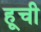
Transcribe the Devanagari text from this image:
हूची